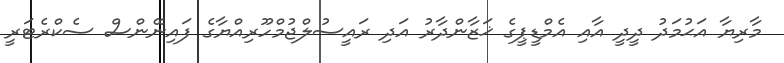
މާރިޔާ އަޙުމަދު ދީދީ އާއި އެމްޑީޕީގެ ޚަޒާންދާރު އަދި ރައީސުލްޖުމްހޫރިއްޔާގެ ފައިނޭންސް ސެކްރެޓަރީ